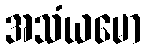
အသံယမော